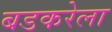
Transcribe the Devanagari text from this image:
बडकरेला